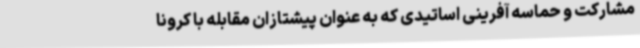
مشارکت و حماسه آفرینی اساتیدی که به عنوان پیشتازان مقابله با کرونا